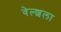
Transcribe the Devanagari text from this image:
वेल्शला